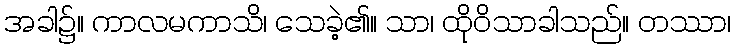
အခါ၌။ ကာလမကာသိ၊ သေခဲ့၏။ သာ၊ ထိုဝိသာခါသည်။ တဿာ၊